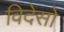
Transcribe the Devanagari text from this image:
विदेसो